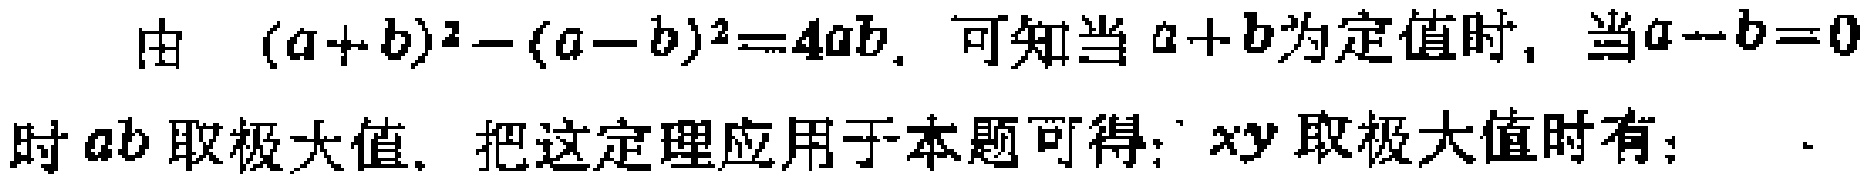
由 \((a + b)^2 - (a - b)^2 = 4ab\). 可知当 \(a + b\)为定值时, 当\(a - b = 0\)时\(ab\)取极大值. 把这定理应用于本题可得: \(xy\)取极大值时有:  .